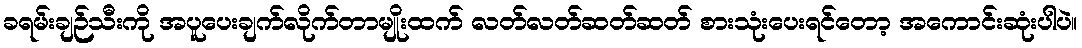
ခရမ်းချဉ်သီးကို အပူပေးချက်လိုက်တာမျိုးထက် လတ်လတ်ဆတ်ဆတ် စားသုံးပေးရင်တော့ အကောင်းဆုံးပါပဲ။